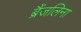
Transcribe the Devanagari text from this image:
ब्रैंजलिना